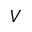
V